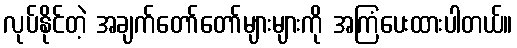
လုပ်နိုင်တဲ့ အချက်တော်တော်များများကို အကြံပေးထားပါတယ်။